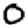
Digit: 0